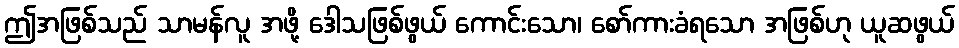
ဤအဖြစ်သည် သာမန်လူ အဖို့ ဒေါသဖြစ်ဖွယ် ကောင်းသော၊ စော်ကားခံရသော အဖြစ်ဟု ယူဆဖွယ်